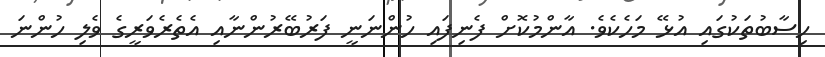
ހިސާބުތަކުގައި އުޅޭ މަހެކެވެ. އާންމުކޮށް ފެނިފައި ހުންނަނީ ފަރުބޭރުންނާއި އެތެރެވަރީގެ ވެލި ހުންނަ